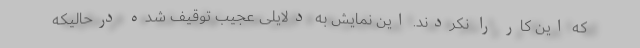
که این کار را نکردند. این نمایش به دلایلی عجیب توقیف شده درحالیکه